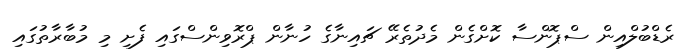
ރެޑްބުލްއިން ސްޕޮންސާ ކޮށްގެން މެދުތެރޭ ޗައިނާގެ ހުނާން ޕްރޮވިންސްގައި ފެށި މި މުބާރާތުގައި